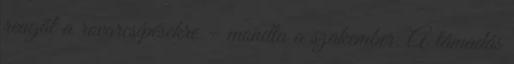
reagál a rovarcsípésekre – mondta a szakember. A támadás